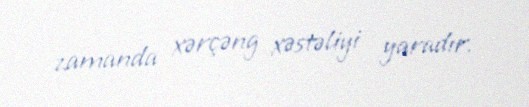
zamanda xərçəng xəstəliyi yaradır.